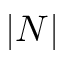
| N |